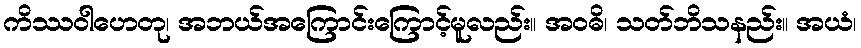
ကိဿဝါဟေတု၊ အဘယ်အကြောင်းကြောင့်မူလည်း။ အဝဓိ၊ သတ်ဘိသနည်း။ အယံ၊